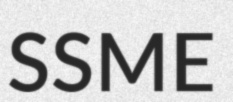
SSME